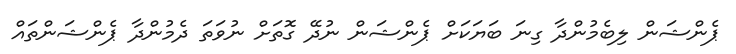
ޕެންޝަން ލިބެމުންދާ ގިނަ ބަޔަކަށް ޕެންޝަން ނުދޭ ގޮތަށް ނުވަތަ ދެމުންދާ ޕެންޝަންތައް